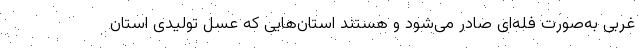
غربی به‌صورت فله‌ای صادر می‌شود و هستند استان‌هایی که عسل تولیدی استان